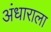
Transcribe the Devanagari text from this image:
अंधाराला